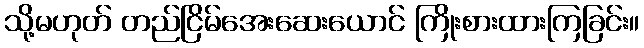
သို့မဟုတ် တည်ငြိမ်အေးဆေးယောင် ကြိုးစားထားကြခြင်း။